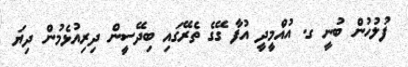
ފުލުހުން ބުނީ ގ. އުއްމީދީ އުފާ ގޭގެ ތެރޭގައި ބިދޭސީން ދިރިއުޅެމުން ދިޔަ